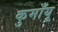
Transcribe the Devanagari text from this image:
कुमाँयू